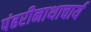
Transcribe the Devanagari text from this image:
पंढरीनाथाचार्य